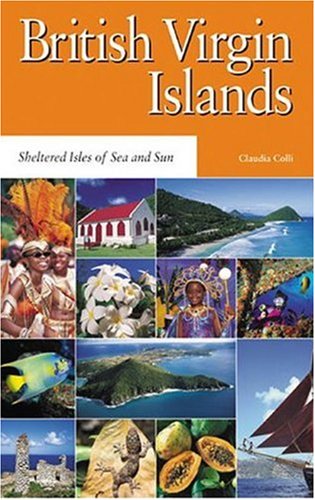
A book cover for The British Virgin Islands: An Introduction and Guide (MacMillan Caribbean Guides); Claudia Colli; Travel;